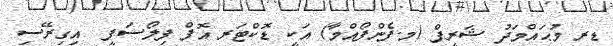
ޑރ މުޙައްމަދު ޝަރީފް (މ.ފެންފޯއްމާ) އަކީ ޑޮކްޓަރ އޮފް ފިލޯސަފީ  އިގިރޭސި